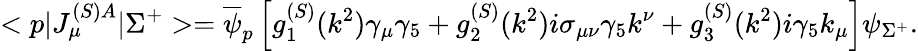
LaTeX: <p|J_{\mu}^{(S)A}|\Sigma^{+}>=\overline{{\psi}}_{p}\left[g_{1}^{(S)}(k^{2})\gamma_{\mu}\gamma_{5}+g_{2}^{(S)}(k^{2})i\sigma_{\mu\nu}\gamma_{5}k^{\nu}+g_{3}^{(S)}(k^{2})i\gamma_{5}k_{\mu}\right]\psi_{\Sigma^{+}}.